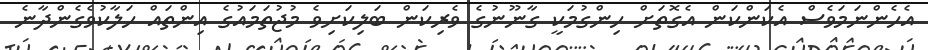
އެހެންނަމަވެސް އެކަންކަން އެގޮތަށް ހިންގުމަކީ ގާނޫނުގެ ވެރިކަން ބަލިކަށިވެ މުޖުތަމައުގެ އިންތައް ހަލާކުވެގެންދާނެ